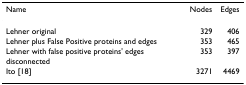
<table><thead><tr><td><b>Name</b></td><td><b>Nodes</b></td><td><b>Edges</b></td></tr></thead><tbody><tr><td>Lehner original</td><td>329</td><td>406</td></tr><tr><td>Lehner plus False Positive proteins and edges</td><td>353</td><td>465</td></tr><tr><td>Lehner with false positive proteins&#x27; edges disconnected</td><td>353</td><td>397</td></tr><tr><td>Ito [18]</td><td>3271</td><td>4469</td></tr></tbody></table>